Statistical return of the lunatic asylum in Assam - 1912-1932
Year: 1912
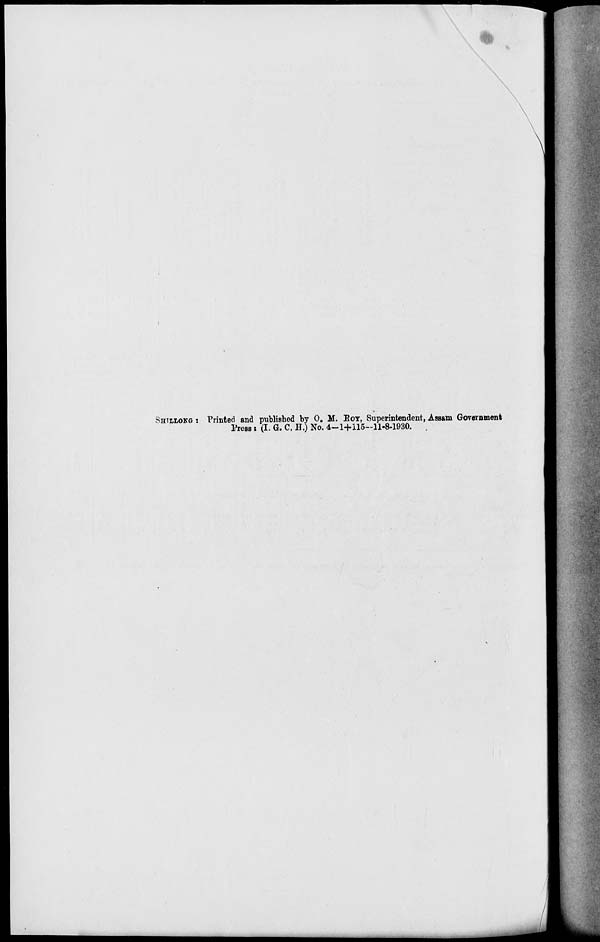
*
SHTLLOKG : Printed and published by 0. M. BOY, Superintendent, Assam Government
Press : (I. G. C. H,) No. 4-1+115-11-8-1930. .